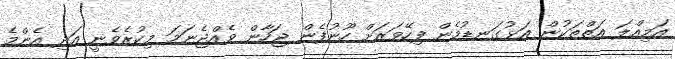
އަމިއްލަ އަތްތަކުން އަޅުގަނޑުމެން ފިހޭވަރަށް ހޫނުފެން ޖަހާން ވެއްޖެނަމަ މިކުރެވެނީ އަދި އެންމެ